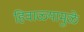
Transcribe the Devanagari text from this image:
हिवाळ्यामुळे